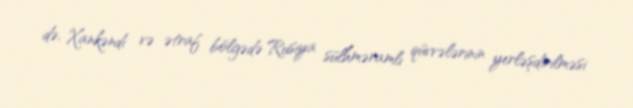
də, Xankəndi və ətraf bölgədə Rusiya sülhməramlı qüvvələrinin yerləşdirilməsi